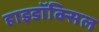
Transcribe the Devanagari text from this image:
हाइडॉक्सिल